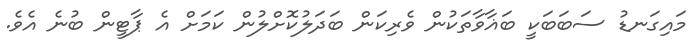
މައިގަނޑު ސަބަބަކީ ބަޣާވާތަކުން ވެރިކަން ބަދަލުކޮށްލުން ކަމަށް އެ ޕާޓީން ބުނެ އެވެ.